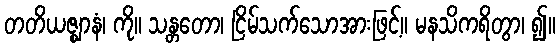
တတိယဇ္ဈာနံ၊ ကို။ သန္တတော၊ ငြိမ်သက်သောအားဖြင့်။ မနသိကရိတွာ၊ ၍။